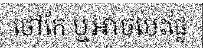
ថៅកែ ឬអាចបេះផ្លែ